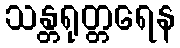
သန္တရုတ္တရေန